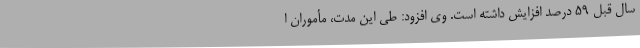
سال قبل 59 درصد افزایش داشته است. وی افزود: طی این مدت، مأموران ا